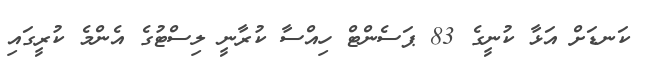
ކަނޑަށް އަޅާ ކުނީގެ 83 ޕަސެންޓް ހިއްސާ ކުރާނީ ލިސްޓުގެ އެންމެ ކުރީގައި